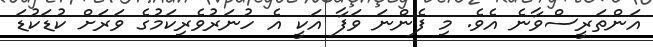
އަންތަރީސްވާނެ އެވެ. މި ފެންނަ ވަފާ އަކީ އެ ހުނަރުވެރިކަމުގެ ވަރަށް ކުޑަކުޑަ